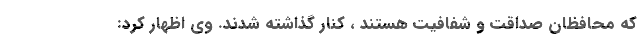
که محافظان صداقت و شفافیت هستند ، کنار گذاشته شدند. وی اظهار کرد: